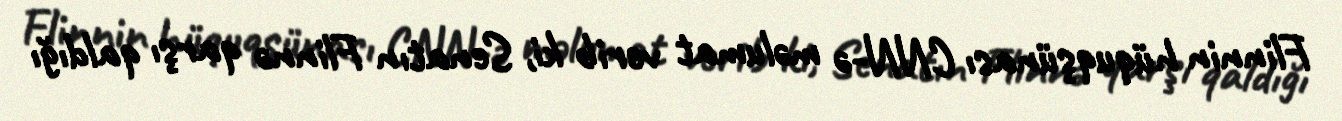
Flinnin hüquqşünası CNN-ə məlumat verib ki, Senatın Flinnə qarşı qaldığı